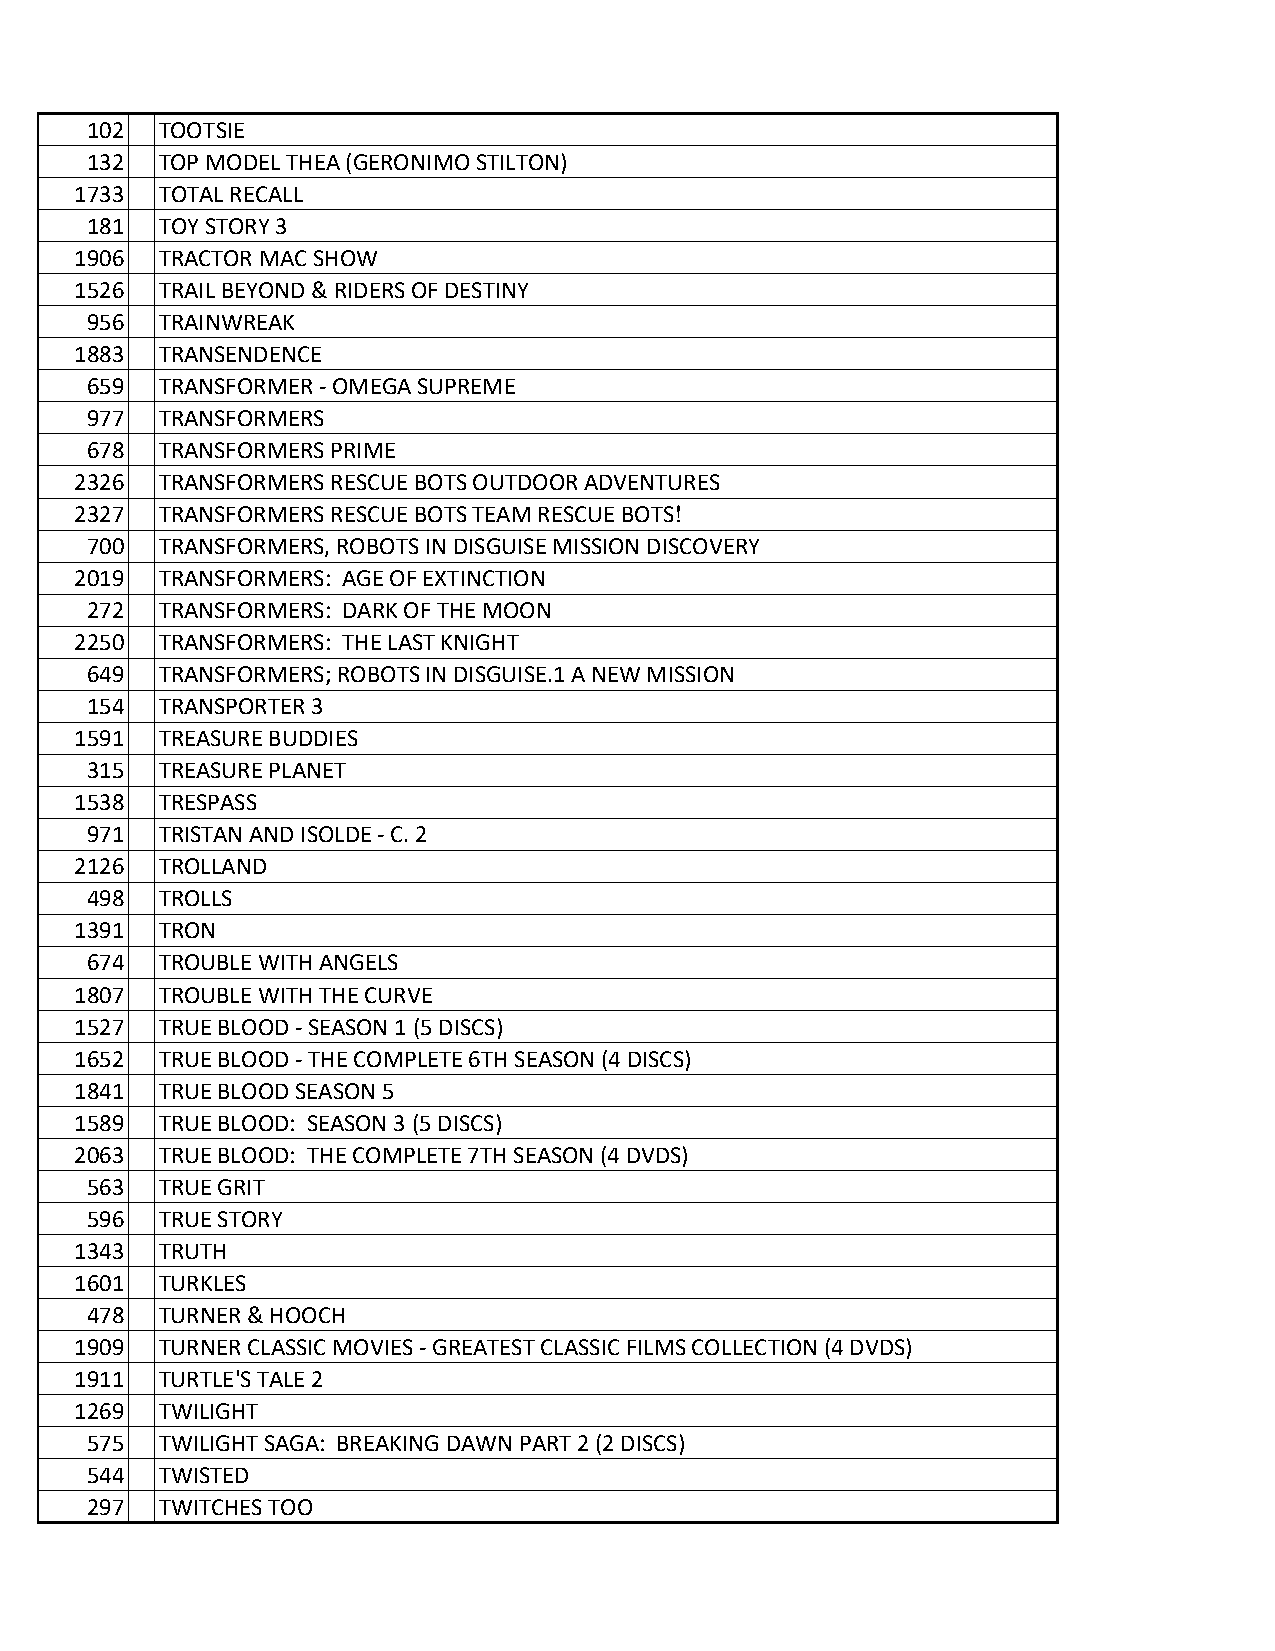
102 TOOTSIE
 132 TOP MODEL THEA (GERONIMO STILTON)
 1733 TOTAL RECALL
 181 TOY STORY 3
 1906 TRACTOR MAC SHOW
 1526 TRAIL BEYOND & RIDERS OF DESTINY
 956 TRAINWREAK
 1883 TRANSENDENCE
 659 TRANSFORMER - OMEGA SUPREME
 977 TRANSFORMERS
 678 TRANSFORMERS PRIME
 2326 TRANSFORMERS RESCUE BOTS OUTDOOR ADVENTURES
 2327 TRANSFORMERS RESCUE BOTS TEAM RESCUE BOTS!
 700 TRANSFORMERS, ROBOTS IN DISGUISE MISSION DISCOVERY
 2019 TRANSFORMERS: AGE OF EXTINCTION
 272 TRANSFORMERS: DARK OF THE MOON
 2250 TRANSFORMERS: THE LAST KNIGHT
 649 TRANSFORMERS; ROBOTS IN DISGUISE.1 A NEW MISSION
 154 TRANSPORTER 3
 1591 TREASURE BUDDIES
 315 TREASURE PLANET
 1538 TRESPASS
 971 TRISTAN AND ISOLDE - C. 2
 2126 TROLLAND
 498 TROLLS
 1391 TRON
 674 TROUBLE WITH ANGELS
 1807 TROUBLE WITH THE CURVE
 1527 TRUE BLOOD - SEASON 1 (5 DISCS)
 1652 TRUE BLOOD - THE COMPLETE 6TH SEASON (4 DISCS)
 1841 TRUE BLOOD SEASON 5
 1589 TRUE BLOOD: SEASON 3 (5 DISCS)
 2063 TRUE BLOOD: THE COMPLETE 7TH SEASON (4 DVDS)
 563 TRUE GRIT
 596 TRUE STORY
 1343 TRUTH
 1601 TURKLES
 478 TURNER & HOOCH
 1909 TURNER CLASSIC MOVIES - GREATEST CLASSIC FILMS COLLECTION (4 DVDS)
 1911 TURTLE'S TALE 2
 1269 TWILIGHT
 575 TWILIGHT SAGA: BREAKING DAWN PART 2 (2 DISCS)
 544 TWISTED
 297 TWITCHES TOO